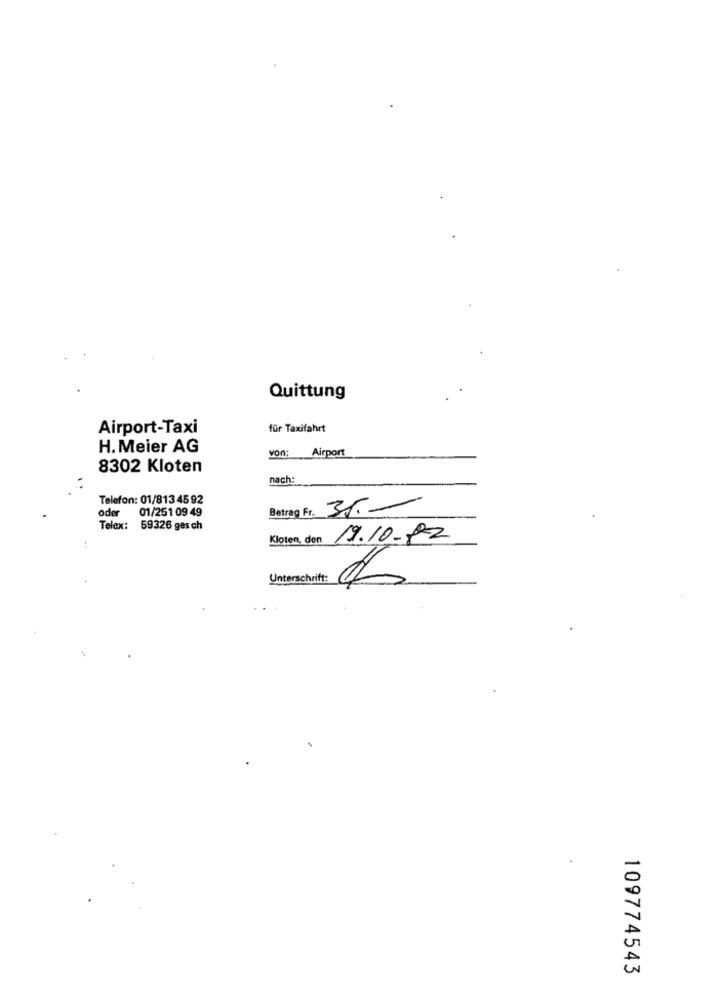
Quittung
Airport-Taxi
für Taxifahrt
H. Meier AG
von:
Airport
8302 Kloten
nach:
Telefon: 01/813 45 92
01/251 09 49
Betrag Fr.
oder
Telex: 59326 gesch
Kloten, den 19.10-02
Unterschrift:
109774543